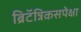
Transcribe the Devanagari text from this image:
ब्रिटॅन्निकसपेक्षा